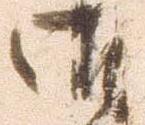
御